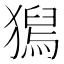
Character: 𤡯